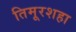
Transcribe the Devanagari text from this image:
तिमूरशहा